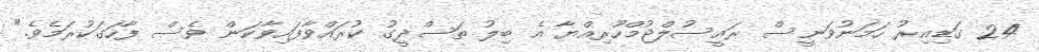
24 ގަޑިއިރު ހަމަނުވަނީސް ރައީސުލްޖުމްހޫރިއްޔާ އެ ބިލު ތަސްދީގު ކުރައްވާފައިވާކަން ވެސް ފާހަގަކުރަމެވެ."